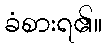
ခံစားရ၏။